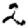
Digit: 2